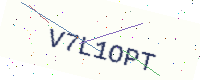
Text: V7L1OPT